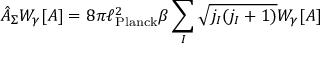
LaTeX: { \hat { A } } _ { \Sigma } W _ { \gamma } [ A ] = 8 \pi \ell _ { \mathrm { P l a n c k } } ^ { 2 } \beta \sum _ { I } { \sqrt { j _ { I } ( j _ { I } + 1 ) } } W _ { \gamma } [ A ]